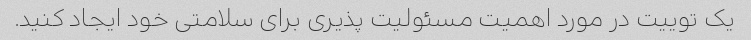
یک توییت در مورد اهمیت مسئولیت پذیری برای سلامتی خود ایجاد کنید.